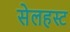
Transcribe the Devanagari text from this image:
सेलहस्ट